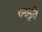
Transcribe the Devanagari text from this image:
रामामुर्ति